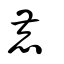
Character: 鹿